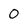
Character: 0